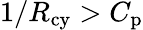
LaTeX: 1/R_{\mathrm{cy}}>C_{\mathrm{p}}